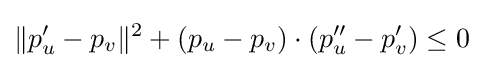
\|p'_{u}-p_{v}\|^{2}+(p_{u}-p_{v})\cdot (p''_{u}-p'_{v})\leq 0